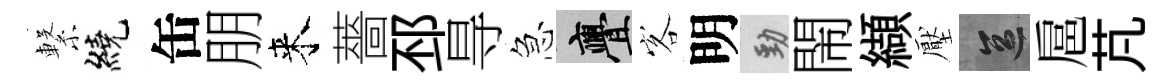
繋繞缶朋来薔邳㝵急亹客明勁閙纈壓區扈芃